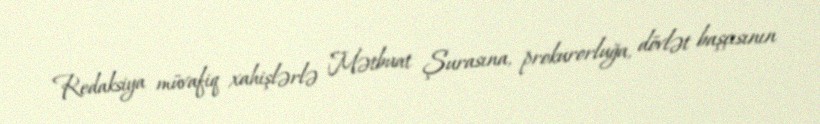
Redaksiya müvafiq xahişlərlə Mətbuat Şurasına, prokurorluğa, dövlət başçısının